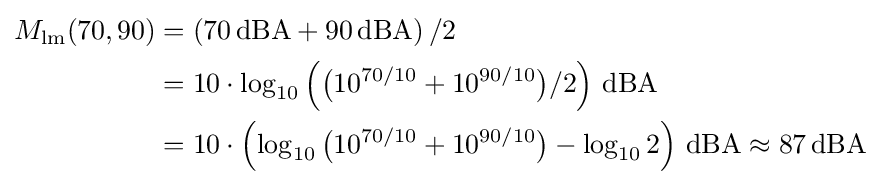
{\begin{aligned}M_{\text{lm}}(70,90)&=\left(70\,{\text{dBA}}+90\,{\text{dBA}}\right)/2\\&=10\cdot \log _{10}\left({\bigl (}10^{70/10}+10^{90/10}{\bigr )}/2\right)\,{\text{dBA}}\\&=10\cdot \left(\log _{10}{\bigl (}10^{70/10}+10^{90/10}{\bigr )}-\log _{10}2\right)\,{\text{dBA}}\approx 87\,{\text{dBA}}\end{aligned}}